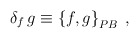
\begin{align*}\delta_{f}\,g\equiv\left\{ f,g\right\} _{{\footnotesize PB}}\;,\end{align*}